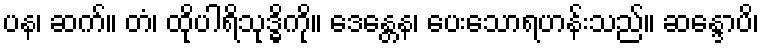
ပန၊ ဆက်။ တံ၊ ထိုပါရိသုဒ္ဓိကို။ ဒေန္တေန၊ ပေးသောရဟန်းသည်။ ဆန္ဒောပိ၊